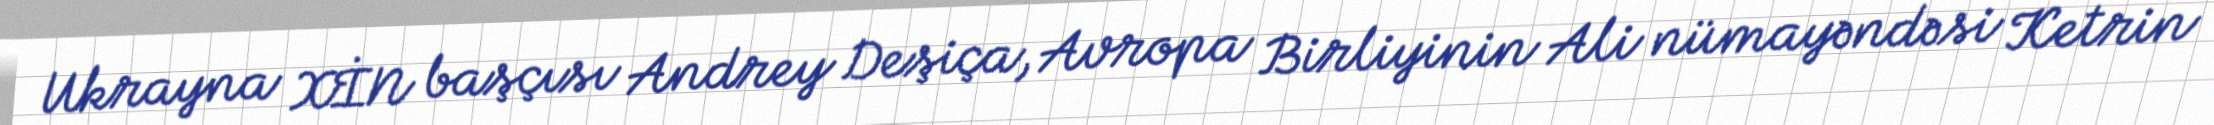
Ukrayna XİN başçısı Andrey Deşiça, Avropa Birliyinin Ali nümayəndəsi Ketrin